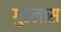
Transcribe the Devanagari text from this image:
गुडलास